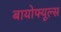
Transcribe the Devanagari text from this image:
बायोफ्यूल्स